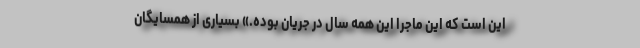
این است که این ماجرا این همه سال در جریان بوده.» بسیاری از همسایگان